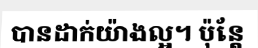
បានដាក់យ៉ាងល្អ។ ប៉ុន្តែ